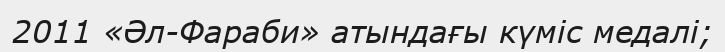
2011 «Әл-Фараби» атындағы күміс медалі;